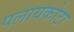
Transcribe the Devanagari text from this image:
पलायकोटा